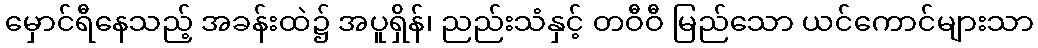
မှောင်ရီနေသည့် အခန်းထဲ၌ အပူရှိန်၊ ညည်းသံနှင့် တဝီဝီ မြည်သော ယင်ကောင်များသာ